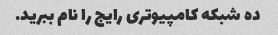
ده شبکه کامپیوتری رایج را نام ببرید.